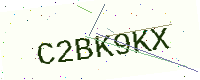
Text: C2BK9KX